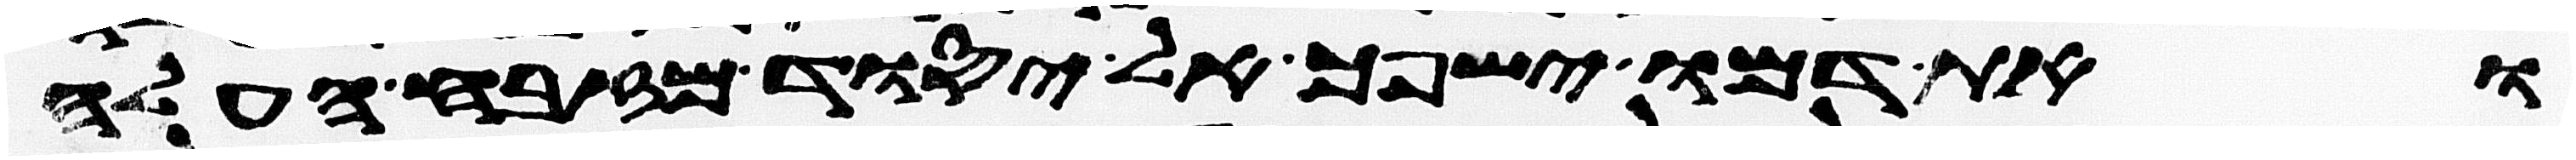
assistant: ואת דמו ישפך אל יסוד מזבח העלה